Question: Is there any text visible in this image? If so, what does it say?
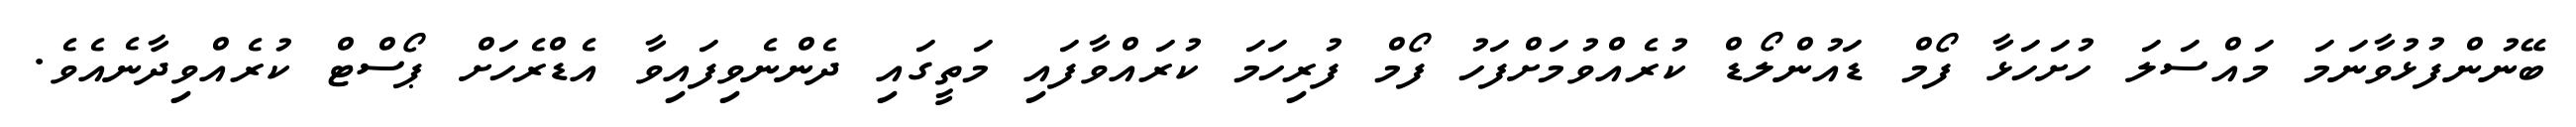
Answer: ބޭނުންފުޅުވާނަމަ މައްސަލަ ހުށަހަޅާ ފޯމް ޑައުންލޯޑް ކުރެއްވުމަށްފަހު ފޯމް ފުރިހަމަ ކުރައްވާފައި މަތީގައި ދެންނެވިފައިވާ އެޑްރެހަށް ޕޯސްޓް ކުރެއްވިދާނެއެވެ.